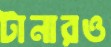
টানারও